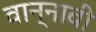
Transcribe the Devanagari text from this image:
वान्नाबी